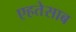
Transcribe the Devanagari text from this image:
एहतेसाब